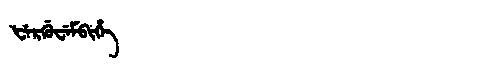
Manchu: ᡶᡝᡵᡤᡠᠸᡝᠮᠪᡳᡥᡝ
Romanization: FERGUWEMBIHE